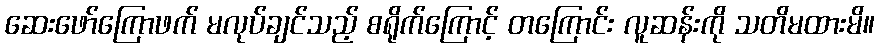
ဆေးဖော်ကြောဖက် မလုပ်ချင်သည့် စရိုက်ကြောင့် တကြောင်း လူဆန်းကို သတိမထားမိ။